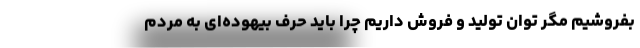
بفروشیم مگر توان تولید و فروش داریم چرا باید حرف بیهوده‌ای به مردم